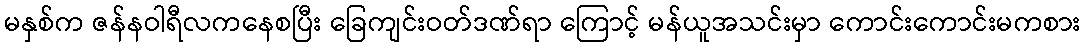
မနှစ်က ဇန်နဝါရီလကနေစပြီး ခြေကျင်းဝတ်ဒဏ်ရာ ကြောင့် မန်ယူအသင်းမှာ ကောင်းကောင်းမကစား